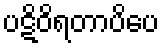
ပဋိဝိရတာပိပေ